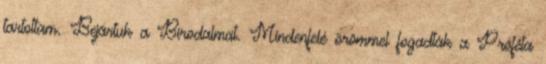
tartottam. Bejártuk a Birodalmat. Mindenfelé örömmel fogadták a Próféta